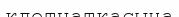
клетчаткасына